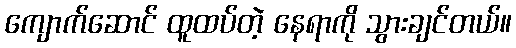
ကျောက်ဆောင် ထူထပ်တဲ့ နေရာကို သွားချင်တယ်။